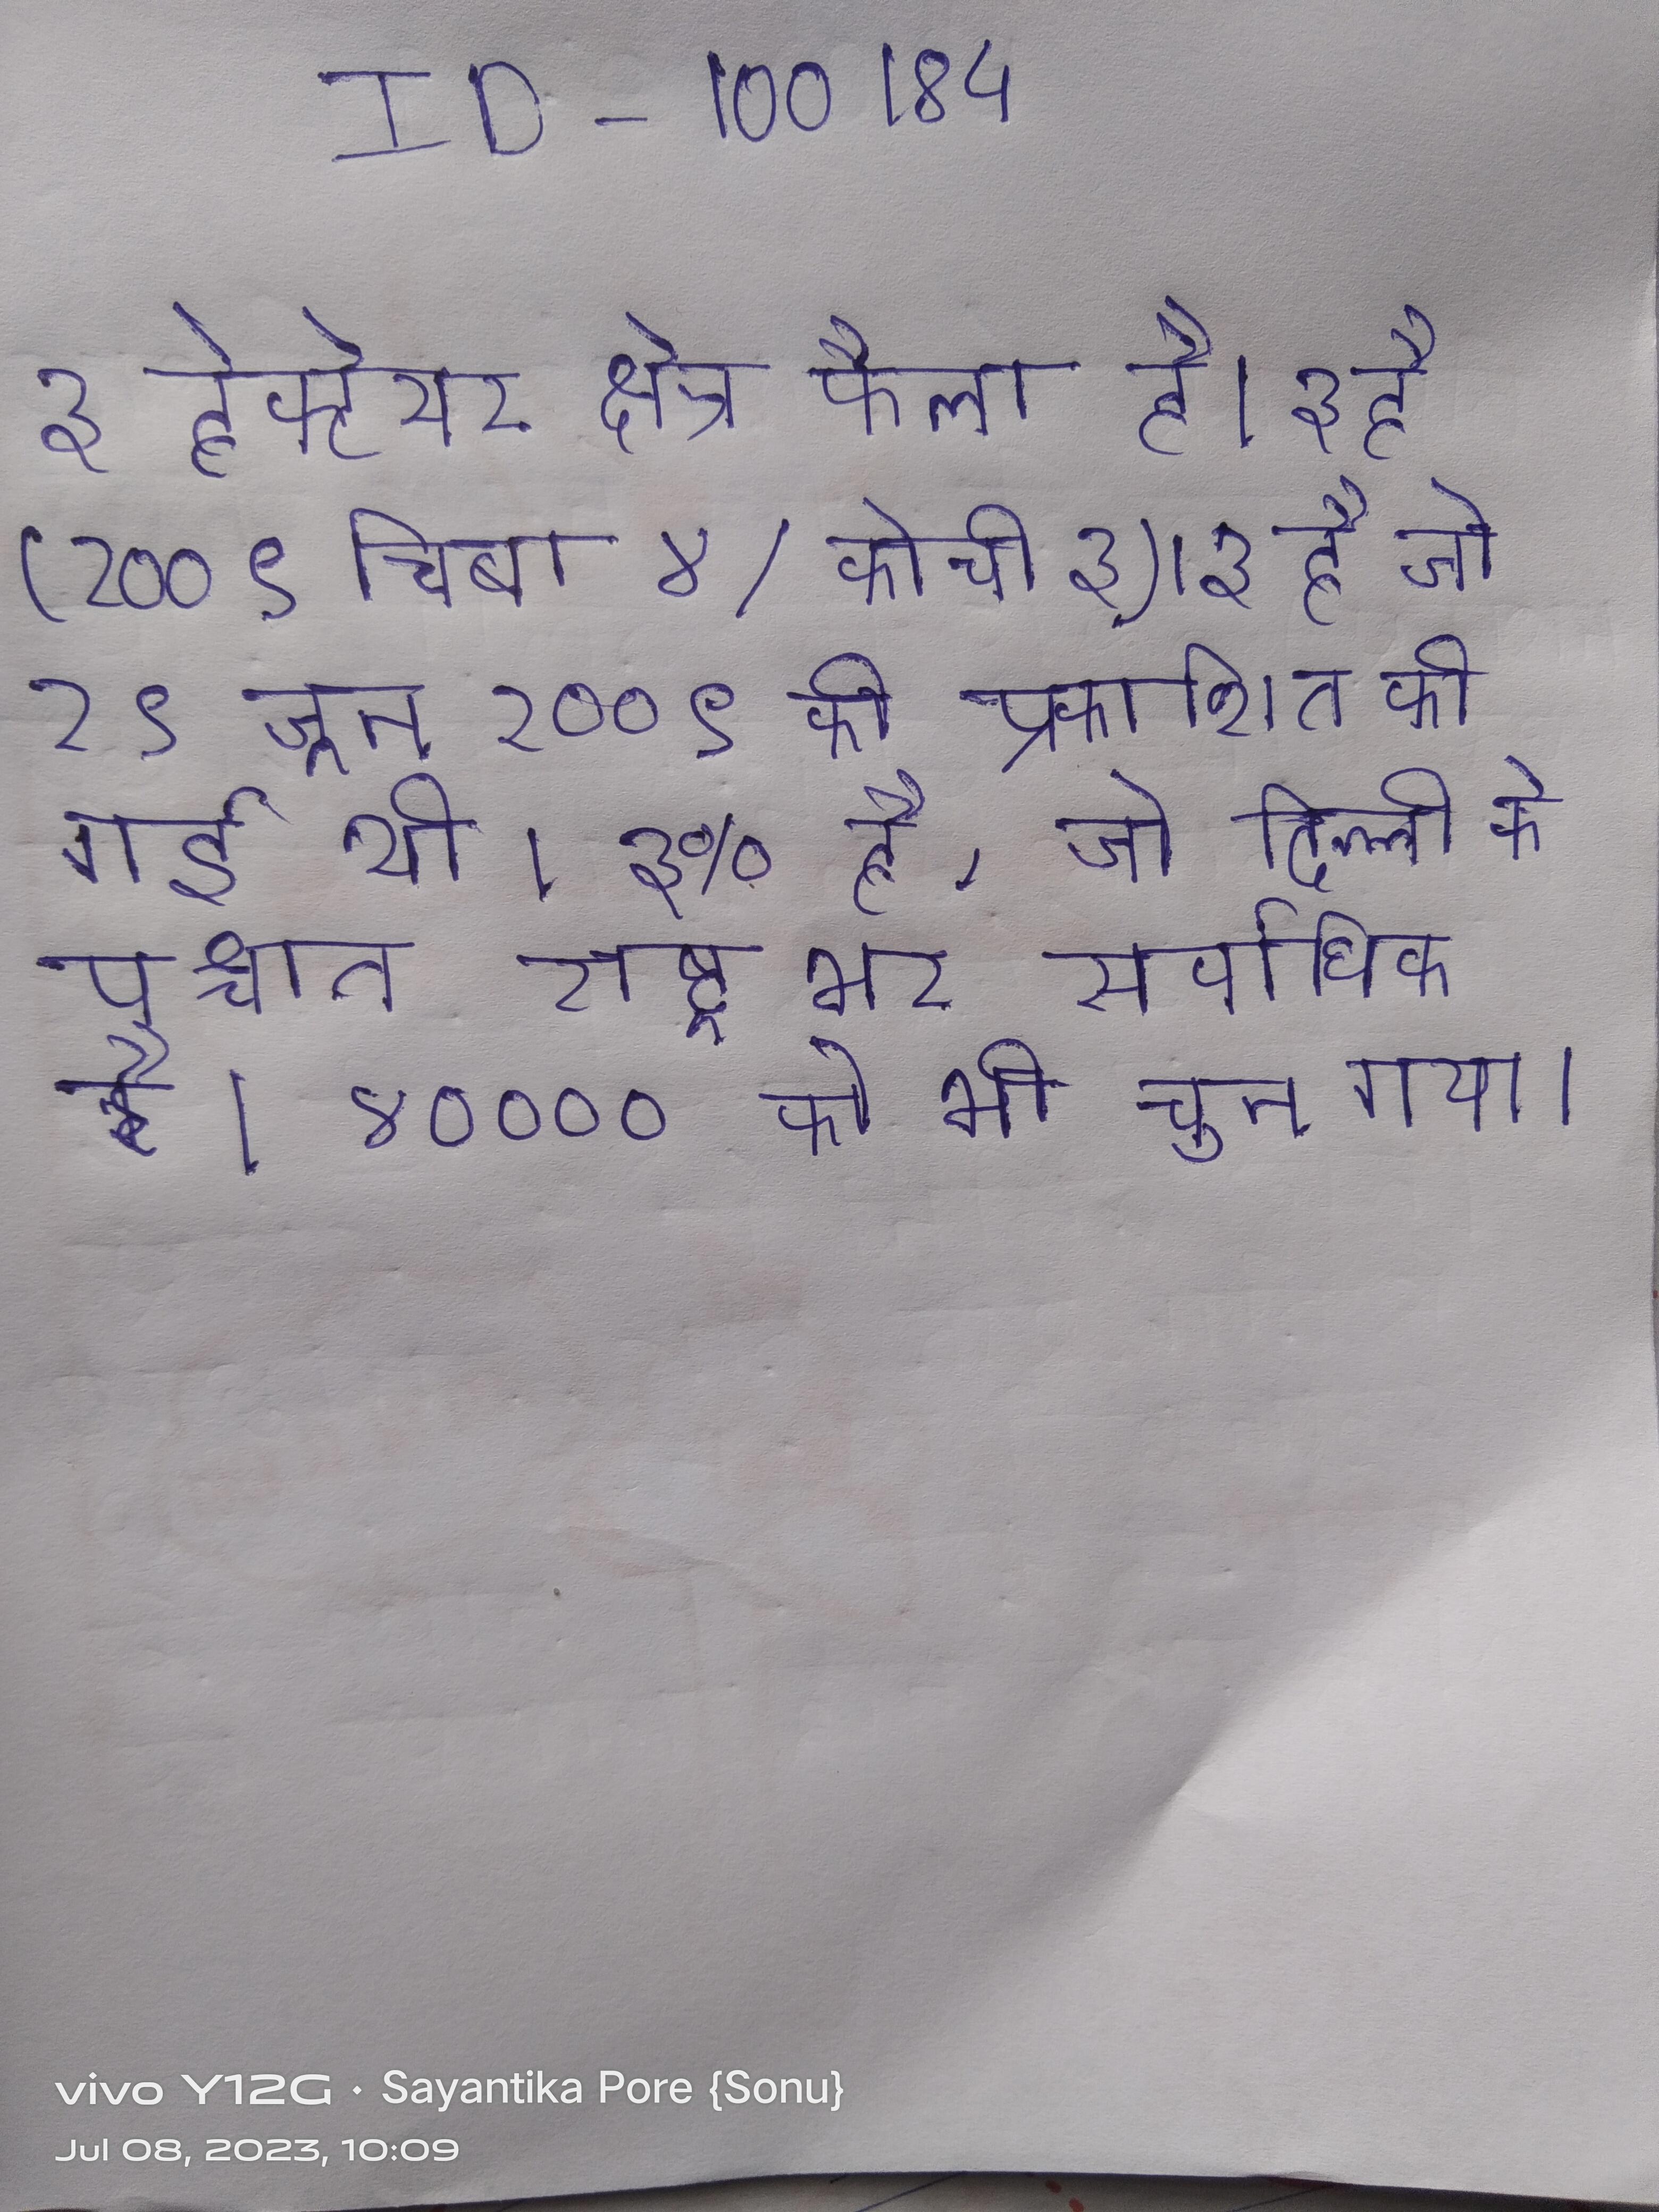
३ हेक्टेयर क्षेत्र फैला है । ३ है (२००९ चिबा ४/कोची ३) । ३ है जो २९ जून २००९ को प्रकाशित की गई थी । ३% है, जो दिल्ली के पश्चात राष्ट्र भर सर्वाधिक है । ४०००० को भी चुना गया ।